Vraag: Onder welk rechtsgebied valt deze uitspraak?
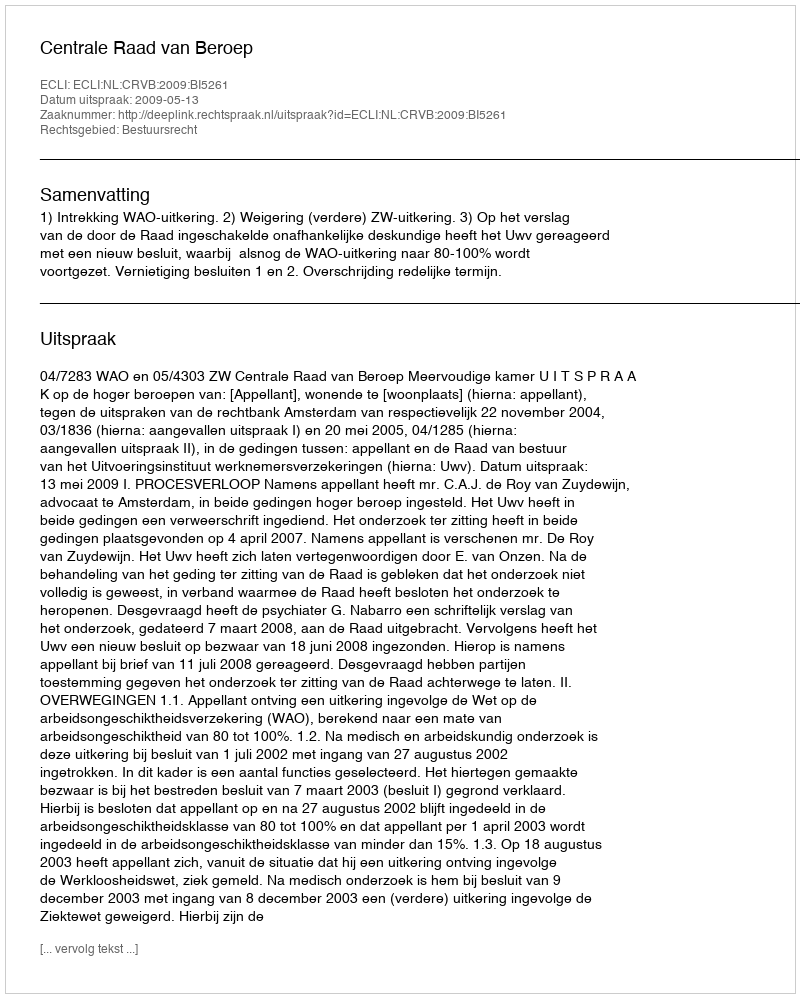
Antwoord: Bestuursrecht